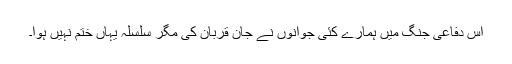
اس دفاعی جنگ میں ہمارے کئی جوانوں نے جان قربان کی مگر سلسلہ یہاں ختم نہیں ہوا۔